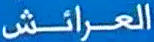
العرائش